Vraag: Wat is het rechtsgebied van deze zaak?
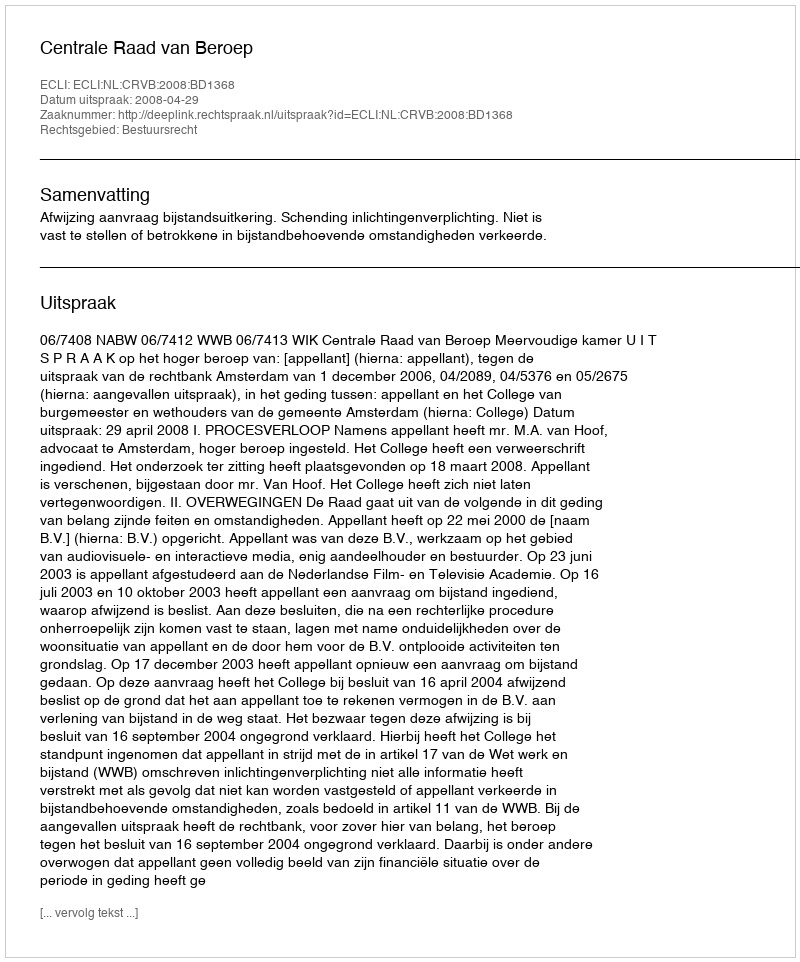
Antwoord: Bestuursrecht